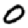
Digit: 0